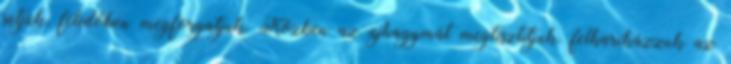
sütjük, félidőben megforgatjuk. Közben az újhagymát megtisztítjuk, felkarikázzuk az